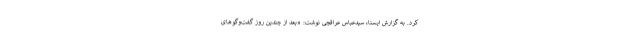
کرد. به گزارش ایسنا، سیدعباس عراقچی نوشت: «بعد از چندین روز گفت‌وگوهای